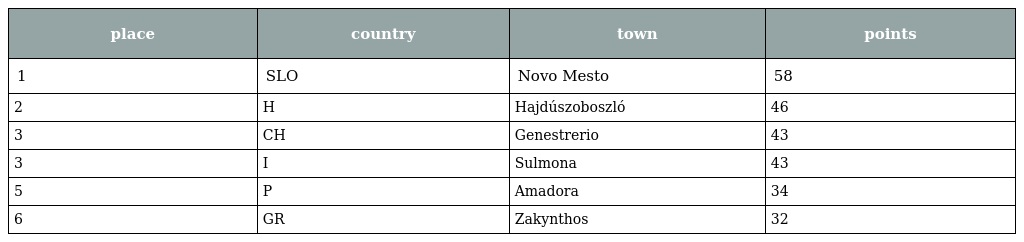
| place | country | town | points |
 | --- | --- | --- | --- |
 | 1 | SLO | Novo Mesto | 58 |
 | 2 | H | Hajdúszoboszló | 46 |
 | 3 | CH | Genestrerio | 43 |
 | 3 | I | Sulmona | 43 |
 | 5 | P | Amadora | 34 |
 | 6 | GR | Zakynthos | 32 |